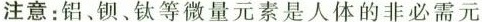
注意：铝、钡、钛等微量元素是人体的非必需元